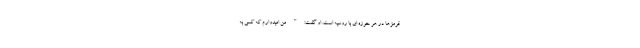
قرمزها در هر حوزه ای با روسیه است. او گفت:" من امیدوارم که کسی به